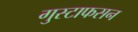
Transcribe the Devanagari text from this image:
गुस्टाफसन